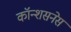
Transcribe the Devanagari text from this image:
कॉन्शसनेस